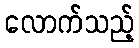
လောက်သည့်